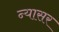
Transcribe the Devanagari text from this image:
न्यासर